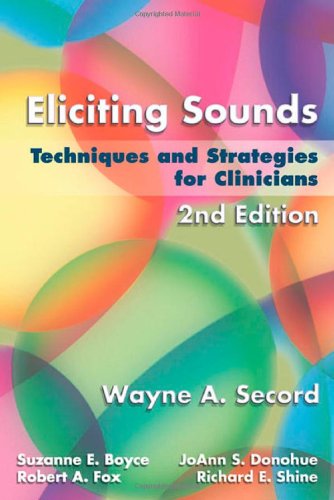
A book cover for Eliciting Sounds: Techniques and Strategies for Clinicians; Wayne A. Secord; Medical Books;